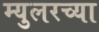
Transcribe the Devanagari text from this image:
म्युलरच्या